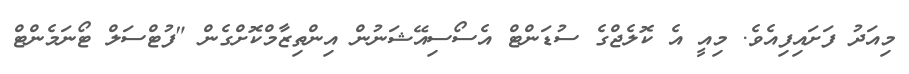
މިއަދު ފަށައިފިއެވެ. މިއީ އެ ކޮލެޖްގެ ސުޑަންޓް އެސޯސިއޭޝަނުން އިންތިޒާމްކޮށްގެން "ފުޓްސަލް ޓޯނަމެންޓް